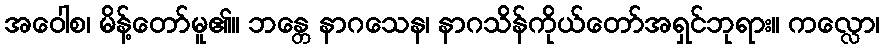
အဝေါစ၊ မိန့်တော်မူ၏။ ဘန္တေ နာဂသေန၊ နာဂသိန်ကိုယ်တော်အရှင်ဘုရား။ ကလ္လော၊